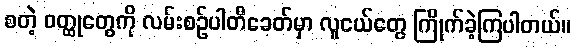
စတဲ့ ဝတ္ထုတွေကို လမ်းစဉ်ပါတီခေတ်မှာ လူငယ်တွေ ကြိုက်ခဲ့ကြပါတယ်။